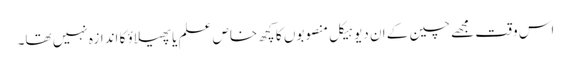
اس وقت مجھے چین کے ان دیو ہیکل منصوبوں کا کچھ خاص علم یا پھیلاؤ کا اندازہ نہیں تھا۔